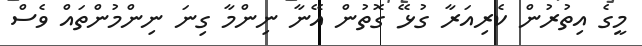
މީގެ އިތުރުން ކެރިއަރާ ގުޅޭ ގޮތުން އޭނާ ނިންމާ ގިނަ ނިންމުންތައް ވެސް